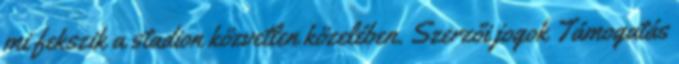
mi fekszik a stadion közvetlen közelében. Szerzői jogok Támogatás